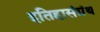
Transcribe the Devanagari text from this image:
इतिहासंग्रंथ